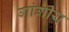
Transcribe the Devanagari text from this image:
गांगीय